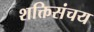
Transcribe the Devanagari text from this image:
शक्तिसंचय